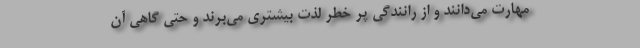
مهارت می‌دانند و از رانندگی پر خطر لذت بیشتری می‌برند و حتی گاهی آن